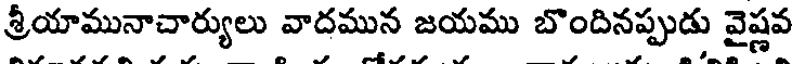
శ్రీయామునాచార్యులు వాదమున జయము బొందినప్పుడు వైష్ణవ